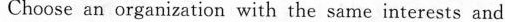
Choose an organization with the same interests and